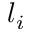
l _ { i }